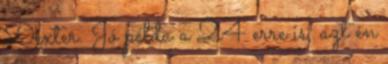
Dexter. Jó példa a 24 erre is, azt én